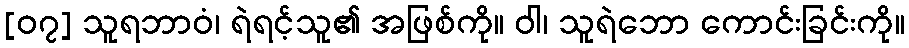
[၀၇] သူရဘာဝံ၊ ရဲရင့်သူ၏ အဖြစ်ကို။ ဝါ၊ သူရဲဘော ကောင်းခြင်းကို။